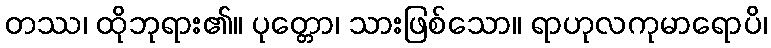
တဿ၊ ထိုဘုရား၏။ ပုတ္တော၊ သားဖြစ်သော။ ရာဟုလကုမာရောပိ၊